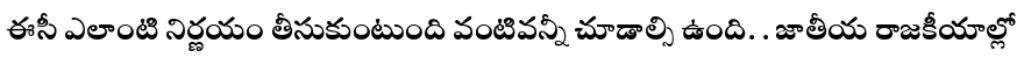
ఈసీ ఎలాంటి నిర్ణయం తీసుకుంటుంది వంటివన్నీ చూడాల్సి ఉంది. . జాతీయ రాజకీయాల్లో